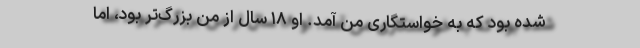
شده بود که به خواستگاری من آمد. او ۱۸ سال از من بزرگ‌تر بود، اما